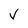
Character: V